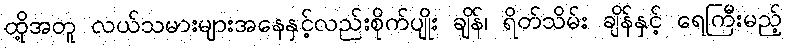
ထို့အတူ လယ်သမားများအနေနှင့်လည်းစိုက်ပျိုး ချိန်၊ ရိတ်သိမ်း ချိန်နှင့် ရေကြီးမည့်